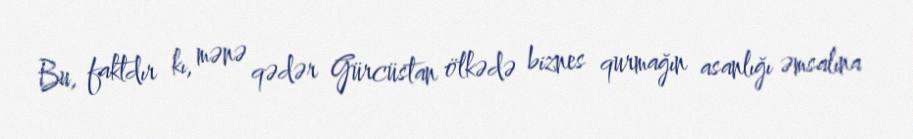
Bu, faktdır kı, mənə qədər Gürcüstan ölkədə biznes qurmağın asanlığı əmsalına